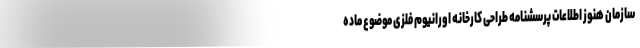
سازمان هنوز اطلاعات پرسشنامه طراحی کارخانه اورانیوم فلزی موضوع ماده